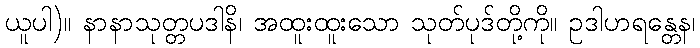
ယူပါ)။ နာနာသုတ္တပဒါနိ၊ အထူးထူးသော သုတ်ပုဒ်တို့ကို။ ဥဒါဟရန္တေန၊